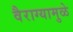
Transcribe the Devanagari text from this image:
वैराग्यामुळे